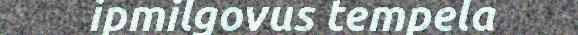
ipmilgovus tempela